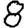
Digit: 8